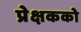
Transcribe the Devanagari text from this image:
प्रेक्षकको